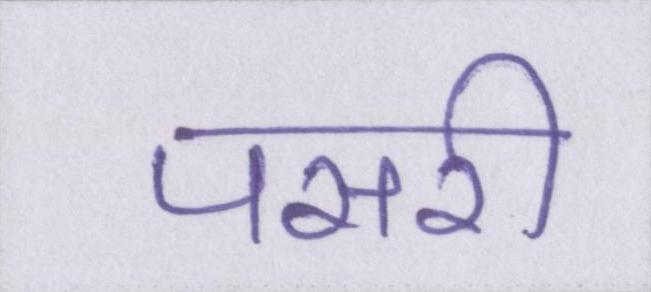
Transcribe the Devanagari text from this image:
पसरी